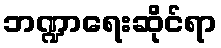
ဘဏ္ဍာရေးဆိုင်ရာ